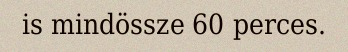
is mindössze 60 perces.